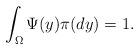
LaTeX: \begin{align*}\int_{\Omega}\Psi(y)\pi(dy)=1.\end{align*}